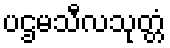
ပဌမသီလသုတ္တံ